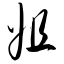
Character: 姐